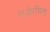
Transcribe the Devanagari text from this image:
ताओरमिना